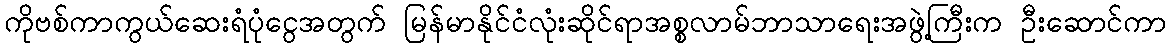
ကိုဗစ်ကာကွယ်ဆေးရံပုံငွေအတွက် မြန်မာနိုင်ငံလုံးဆိုင်ရာအစ္စလာမ်ဘာသာရေးအဖွဲ့ကြီးက ဦးဆောင်ကာ